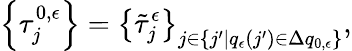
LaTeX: \left\{ \tau_{j}^{0,\epsilon}\right\} =\left\{ \tilde{\tau}_{j}^{\epsilon}\right\} _{j\in\{ j^{\prime}|q_{\epsilon}(j^{\prime})\in\Delta q_{0,\epsilon}\} },